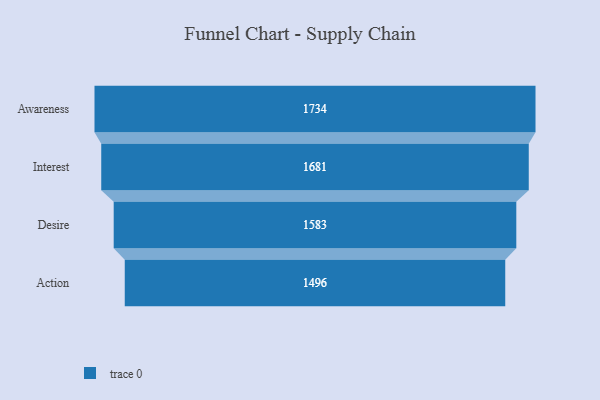
{"axis": {"x": "Stage", "y": "Value"}, "legend": [""], "data": [{"x": "Awareness", "y": 1734.0, "type": ""}, {"x": "Interest", "y": 1681.0, "type": ""}, {"x": "Desire", "y": 1583.0, "type": ""}, {"x": "Action", "y": 1496.0, "type": ""}]}